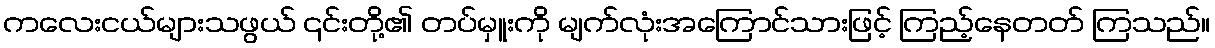
ကလေးငယ်များသဖွယ် ၎င်းတို့၏ တပ်မှူးကို မျက်လုံးအကြောင်သားဖြင့် ကြည့်နေတတ် ကြသည်။